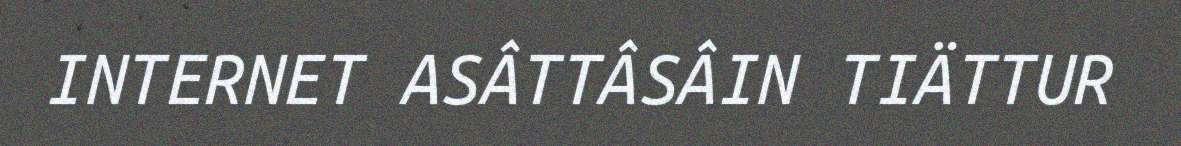
INTERNET ASÂTTÂSÂIN TIÄTTUR